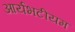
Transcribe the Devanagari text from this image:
आर्यभटीयम